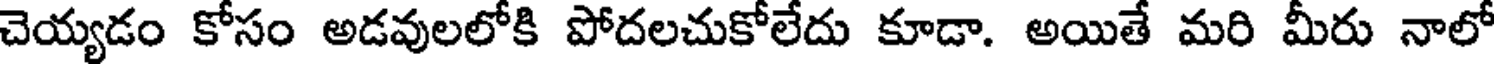
చెయ్యడం కోసం అడవులలోకి పోదలచుకోలేదు కూడా. అయితే మరి మీరు నాలో